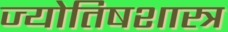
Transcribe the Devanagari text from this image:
ज्याेतिषशास्त्र